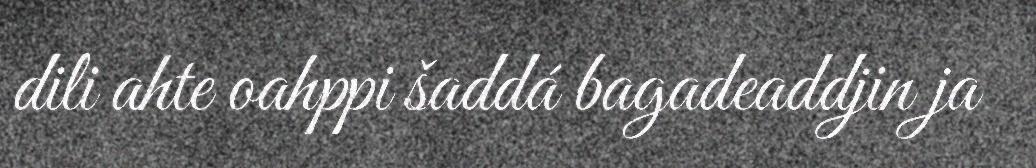
dili ahte oahppi šaddá bagadeaddjin ja